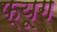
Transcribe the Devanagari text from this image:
फ्यूग